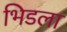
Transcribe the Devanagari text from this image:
भिडला